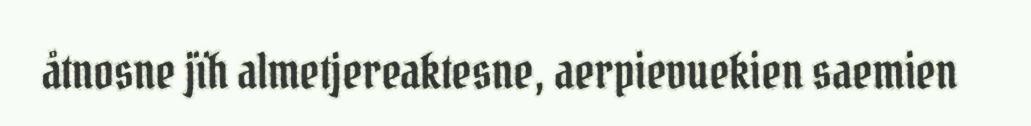
åtnosne jïh almetjereaktesne, aerpievuekien saemien